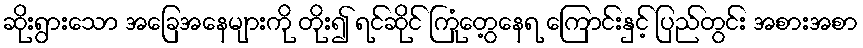
ဆိုးရွားသော အခြေအနေများကို တိုး၍ ရင်ဆိုင် ကြုံတွေ့နေရ ကြောင်းနှင့် ပြည်တွင်း အစားအစာ